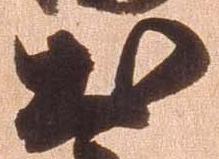
出